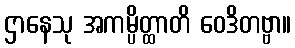
ဌာနေသု အကမ္ပိတ္ထာတိ ဝေဒိတဗ္ဗာ။